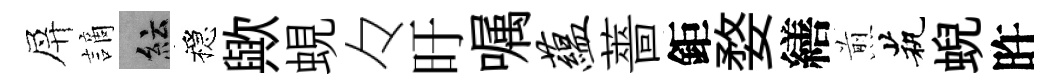
屏謫紜穩歟蜆々旴嘱蕴薔鉅婺繕煎茕蜺旿